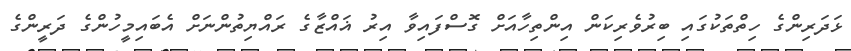
ޅަދަރިންގެ ހިތްތަކުގައި ބިރުވެރިކަން އިންތިހާއަށް ގޮސްފައިވާ އިރު ޣައްޒާގެ ރައްޔިތުންނަށް އެބައިމީހުންގެ ދަރީންގެ